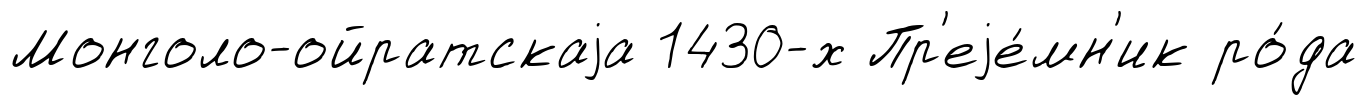
Монголо-ойратскаjа 1430-х Пр'еjе́мн'ик ро́да